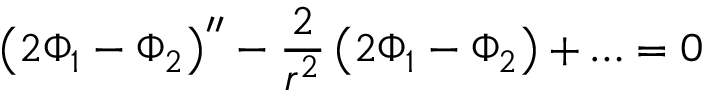
\left( 2 \Phi _ { 1 } - \Phi _ { 2 } \right) ^ { \prime \prime } - \frac { 2 } { r ^ { 2 } } \left( 2 \Phi _ { 1 } - \Phi _ { 2 } \right) + \ldots = 0